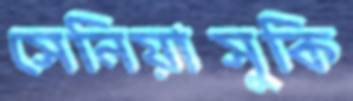
সেনিয়াসুকি